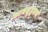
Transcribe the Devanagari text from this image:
कायशुद्धयर्थं